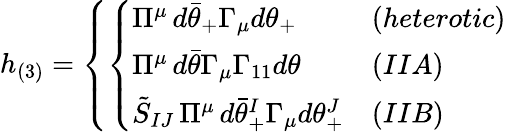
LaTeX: h_{(3)}=\left\{ \left\{ \begin{array}{ll}{{\Pi^{\mu}\, d\bar{\theta}_{+}\Gamma_{\mu}d\theta_{+}}}&{{(heterotic)}}\\ {{\Pi^{\mu}\, d\bar{\theta}\Gamma_{\mu}\Gamma_{11}d\theta}}&{{(IIA)}}\\ {{\tilde{S}_{IJ}\, \Pi^{\mu}\, d\bar{\theta}_{+}^{I}\Gamma_{\mu}d\theta_{+}^{J}}}&{{(IIB)}}\end{array}\right.\right.